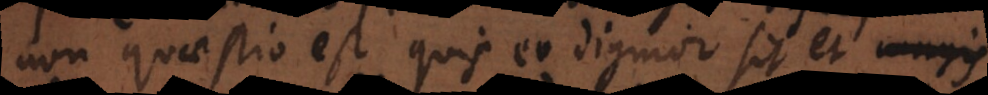
non quaestio est quis eo dignior sit et